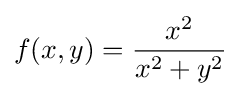
f(x,y)={\frac {x^{2}}{x^{2}+y^{2}}}